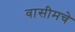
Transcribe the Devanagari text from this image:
वासीमचे